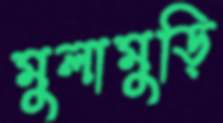
মুলামুড়ি